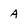
Character: A